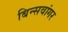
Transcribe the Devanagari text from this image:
बिन्सवांगर